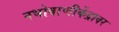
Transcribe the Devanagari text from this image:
नभोवाणीकेंद्रावर